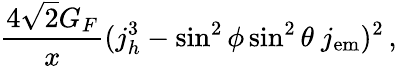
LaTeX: \frac{4\sqrt{2}G_{F}}{x}(j_{h}^{3}-\sin^{2}\phi\sin^{2}\theta\ j_{\mathrm{{em}}})^{2}\, ,